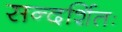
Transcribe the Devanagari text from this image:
सन्दर्शितः